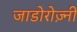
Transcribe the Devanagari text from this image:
जाडोरोज़्नी